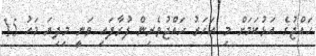
ހައްޖުގެ އަޅުކަމަށް މި އަހަރު ހައްޖުވެރިން ފުރާފައި ވަނީ މިދިޔަ މަހު 15